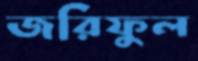
জরিফুল